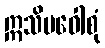
ဣသိမဝေါစုံ